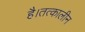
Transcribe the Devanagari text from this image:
है।तत्कालीन